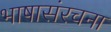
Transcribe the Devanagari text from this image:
भाषासंरचना